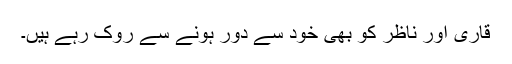
قاری اور ناظر کو بھی خود سے دور ہونے سے روک رہے ہیں۔